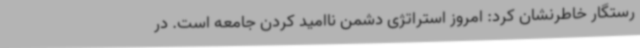
رستگار خاطرنشان کرد: امروز استراتژی دشمن ناامید کردن جامعه است. در